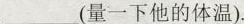
___(量一下他的体温).